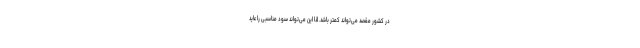
در کشور مقصد می‌تواند کمتر باشد. لذا این می‌تواند سود مناسبی را عاید